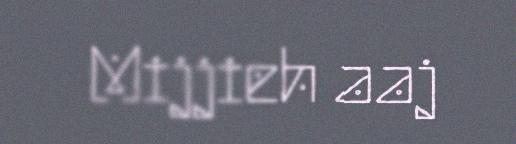
Mijjieh aaj